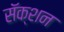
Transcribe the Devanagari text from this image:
सॅक्शन